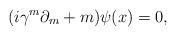
LaTeX: \begin{align*}(i\gamma^{m}\partial_{m}+m)\psi(x)=0,\end{align*}